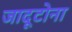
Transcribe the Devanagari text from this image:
जादूटोना